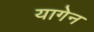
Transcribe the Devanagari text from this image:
यागेन